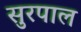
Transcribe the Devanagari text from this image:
सुरपाल